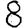
Digit: 8